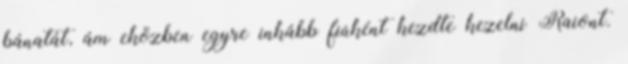
bánatát, ám eközben egyre inkább fiúként kezdte kezelni Raiont.